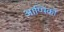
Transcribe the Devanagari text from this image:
आप्पिकों